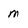
Character: m